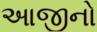
આજીનો